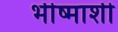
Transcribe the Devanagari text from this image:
भीष्माशी